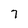
Character: 7